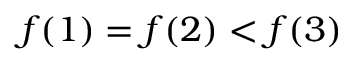
f ( 1 ) = f ( 2 ) < f ( 3 )